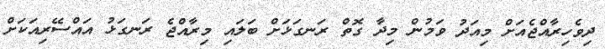
ދިވެހިރާއްޖެއަށް މިއަދު ވަމުން މިދާ ގޮތް ރަނގަޅަށް ބަލައި މިރާއްޖެ ރަނގަޅު އައްސޭރިއަކަށް